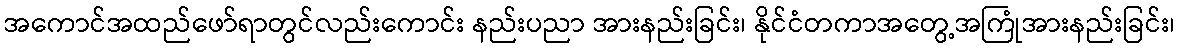
အကောင်အထည်ဖော်ရာတွင်လည်းကောင်း နည်းပညာ အားနည်းခြင်း၊ နိုင်ငံတကာအတွေ့အကြုံအားနည်းခြင်း၊